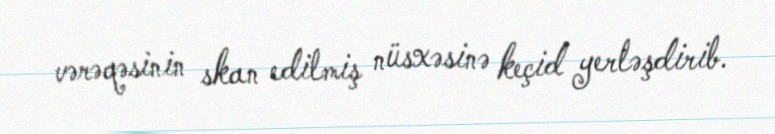
vərəqəsinin skan edilmiş nüsxəsinə keçid yerləşdirib.